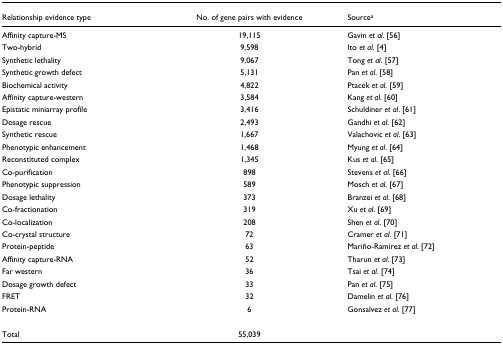
<table><thead><tr><td><b>Relationship evidence type</b></td><td><b>No. of gene pairs with evidence</b></td><td><b>Source<sup>a</sup></b></td></tr></thead><tbody><tr><td>Affinity capture-MS</td><td>19,115</td><td>Gavin <i>et al</i>. [56]</td></tr><tr><td>Two-hybrid</td><td>9,598</td><td>Ito <i>et al</i>. [4]</td></tr><tr><td>Synthetic lethality</td><td>9,067</td><td>Tong <i>et al</i>. [57]</td></tr><tr><td>Synthetic growth defect</td><td>5,131</td><td>Pan <i>et al</i>. [58]</td></tr><tr><td>Biochemical activity</td><td>4,822</td><td>Ptacek <i>et al</i>. [59]</td></tr><tr><td>Affinity capture-western</td><td>3,584</td><td>Kang <i>et al</i>. [60]</td></tr><tr><td>Epistatic miniarray profile</td><td>3,416</td><td>Schuldiner <i>et al</i>. [61]</td></tr><tr><td>Dosage rescue</td><td>2,493</td><td>Gandhi <i>et al</i>. [62]</td></tr><tr><td>Synthetic rescue</td><td>1,667</td><td>Valachovic <i>et al</i>. [63]</td></tr><tr><td>Phenotypic enhancement</td><td>1,468</td><td>Myung <i>et al</i>. [64]</td></tr><tr><td>Reconstituted complex</td><td>1,345</td><td>Kus <i>et al</i>. [65]</td></tr><tr><td>Co-purification</td><td>898</td><td>Stevens <i>et al</i>. [66]</td></tr><tr><td>Phenotypic suppression</td><td>589</td><td>Mosch <i>et al</i>. [67]</td></tr><tr><td>Dosage lethality</td><td>373</td><td>Branzei <i>et al</i>. [68]</td></tr><tr><td>Co-fractionation</td><td>319</td><td>Xu <i>et al</i>. [69]</td></tr><tr><td>Co-localization</td><td>208</td><td>Shen <i>et al</i>. [70]</td></tr><tr><td>Co-crystal structure</td><td>72</td><td>Cramer <i>et al</i>. [71]</td></tr><tr><td>Protein-peptide</td><td>63</td><td>Mariño-Ramirez <i>et al</i>. [72]</td></tr><tr><td>Affinity capture-RNA</td><td>52</td><td>Tharun <i>et al</i>. [73]</td></tr><tr><td>Far western</td><td>36</td><td>Tsai <i>et al</i>. [74]</td></tr><tr><td>Dosage growth defect</td><td>33</td><td>Pan <i>et al</i>. [75]</td></tr><tr><td>FRET</td><td>32</td><td>Damelin <i>et al</i>. [76]</td></tr><tr><td>Protein-RNA</td><td>6</td><td>Gonsalvez <i>et al</i>. [77]</td></tr><tr><td>Total</td><td>55,039</td><td></td></tr></tbody></table>